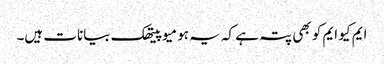
ایم کیو ایم کو بھی پتہ ہے کہ یہ ہومیو پیتھک بیانات ہیں۔